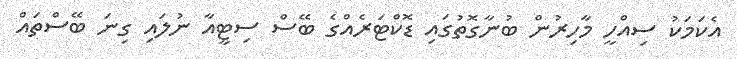
އެކަމަކު ސިއްހީ މާހިރުން ބުނާގޮތުގައި ޑޮކްޓަރެއްގެ ބޭސް ސިޓީއާ ނުލައި ގިނަ ބޭސްތައް